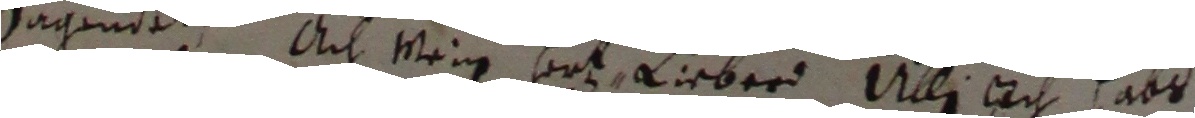
sagnnet. Ach meig Hort lieber Ulli Ach habs